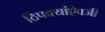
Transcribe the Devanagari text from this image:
ठिपक्यांऐवजी